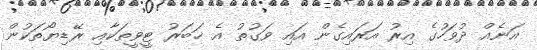
އަނެއް ދުވަހުގެ އިރު އަރައިގެން އައި ވަގުތު އެ ޚަބަރު ޓީވީތަކާއި ރޭޑިޔޯތަކުން